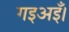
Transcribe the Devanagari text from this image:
गइअइँ।